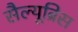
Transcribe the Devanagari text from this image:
सैल्यूब्रिस